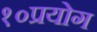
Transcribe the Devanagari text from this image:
१०प्रयोग